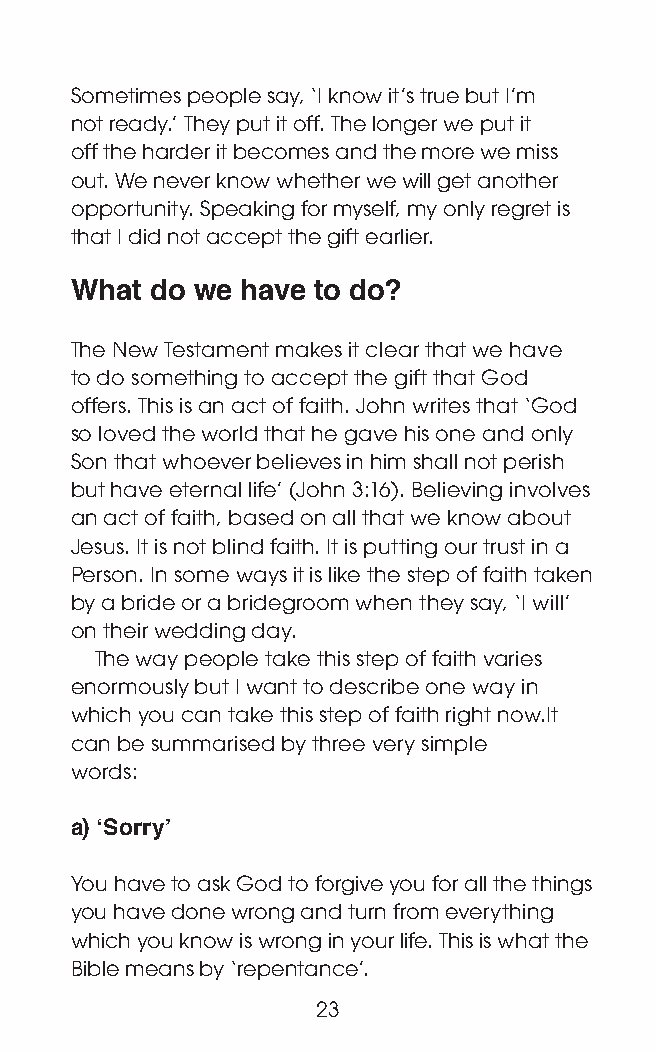
Sometimes people say, ‘I know it’s true but I’m
 not ready.’ They put it off. The longer we put it
 off the harder it becomes and the more we miss
 out. We never know whether we will get another
 opportunity. Speaking for myself, my only regret is
 that I did not accept the gift earlier.
 What do we have to do?
 The New Testament makes it clear that we have
 to do something to accept the gift that God
 offers. This is an act of faith. John writes that ‘God
 so loved the world that he gave his one and only
 Son that whoever believes in him shall not perish
 but have eternal life’ (John 3:16). Believing involves
 an act of faith, based on all that we know about
 Jesus. It is not blind faith. It is putting our trust in a
 Person. In some ways it is like the step of faith taken
 by a bride or a bridegroom when they say, ‘I will’
 on their wedding day.
 The way people take this step of faith varies
 enormously but I want to describe one way in
 which you can take this step of faith right now.It
 can be summarised by three very simple
 words:
 a) ‘Sorry’
 You have to ask God to forgive you for all the things
 you have done wrong and turn from everything
 which you know is wrong in your life. This is what the
 Bible means by ‘repentance’.
 23